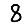
Digit: 8